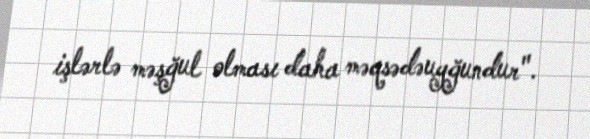
işlərlə məşğul olması daha məqsədəuyğundur".